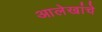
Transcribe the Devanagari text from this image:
आलेखांचे